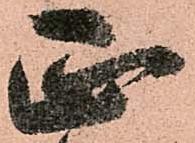
正